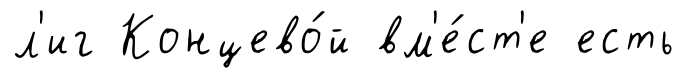
л'иг Концево́й вм'е́ст'е есть